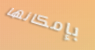
بإمكانها